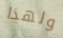
ولهذا